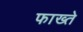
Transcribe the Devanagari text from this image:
फाख्ते